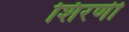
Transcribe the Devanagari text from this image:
शिरणी